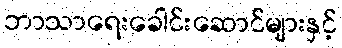
ဘာသာရေးခေါင်းဆောင်များနှင့်